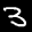
Label: 3